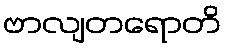
ဗာလျတရောတိ